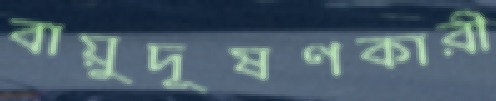
বায়ুদূষণকারী